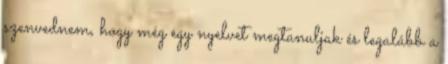
szenvednem, hogy még egy nyelvet megtanuljak és legalább a